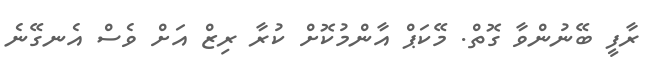
ރާފީ ބޭނުންވާ ގޮތް. މޭކަޕް އާންމުކޮށް ކުރާ ރިޒް އަށް ވެސް އެނގޭނެ